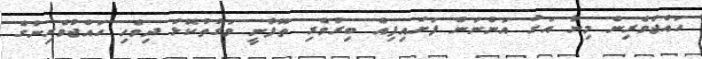
ހައްޖުވެރިން މިނާ އަށް އަންނަން ފަށައިފިއެ ބިރުވެރި ތޫފާނީ ވަގުތުކޮޅު ދިވެހި ހައްޖުވެރިންގެ